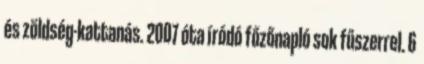
és zöldség-kattanás. 2007 óta íródó főzőnapló sok fűszerrel. 6